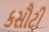
કસૌટી